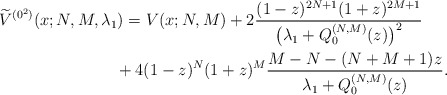
\begin{gather*} \widetilde{V}^{( 0^{2}) }(x;N,M,\lambda _{1}) =V( x;N,M) +2\frac{(1-z) ^{2N+1}(1+z) ^{2M+1}}{ \big( \lambda _{1}+Q_{0}^{(N,M) }(z) \big) ^{2}} \\\hphantom{\widetilde{V}^{( 0^{2}) }(x;N,M,\lambda _{1}) =}{}+4(1-z) ^{N}(1+z) ^{M}\frac{M-N-(N+M+1)z}{\lambda_{1}+Q_{0}^{(N,M) }(z) }.\end{gather*}